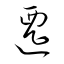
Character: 遷